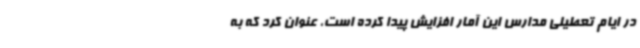
در ایام تعطیلی مدارس این آمار افزایش پیدا کرده است، عنوان کرد که به‌